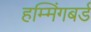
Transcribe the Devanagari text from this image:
हम्मिंगबर्ड